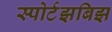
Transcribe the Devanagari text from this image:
स्पोर्टझबिझ